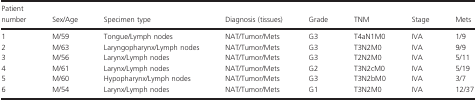
<table><thead><tr><td><b>Patient number</b></td><td><b>Sex/Age</b></td><td><b>Specimen type</b></td><td><b>Diagnosis (tissues)</b></td><td><b>Grade</b></td><td><b>TNM</b></td><td><b>Stage</b></td><td><b>Mets</b></td></tr></thead><tbody><tr><td>1</td><td>M/59</td><td>Tongue/Lymph nodes</td><td>NAT/Tumor/Mets</td><td>G3</td><td>T4aN1M0</td><td>IVA</td><td>1/9</td></tr><tr><td>2</td><td>M/63</td><td>Laryngopharynx/Lymph nodes</td><td>NAT/Tumor/Mets</td><td>G3</td><td>T3N2M0</td><td>IVA</td><td>9/9</td></tr><tr><td>3</td><td>M/56</td><td>Larynx/Lymph nodes</td><td>NAT/Tumor/Mets</td><td>G3</td><td>T2N2M0</td><td>IVA</td><td>5/11</td></tr><tr><td>4</td><td>M/61</td><td>Larynx/Lymph nodes</td><td>NAT/Tumor/Mets</td><td>G2</td><td>T3N2cM0</td><td>IVA</td><td>5/19</td></tr><tr><td>5</td><td>M/60</td><td>Hypopharynx/Lymph nodes</td><td>NAT/Tumor/Mets</td><td>G3</td><td>T3N2bM0</td><td>IVA</td><td>3/7</td></tr><tr><td>6</td><td>M/54</td><td>Larynx/Lymph nodes</td><td>NAT/Tumor/Mets</td><td>G1</td><td>T3N2M0</td><td>IVA</td><td>12/37</td></tr></tbody></table>